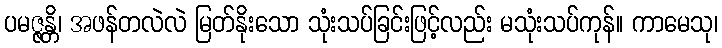
ပမဇ္ဇန္တိ၊ အဖန်တလဲလဲ မြတ်နိုးသော သုံးသပ်ခြင်းဖြင့်လည်း မသုံးသပ်ကုန်။ ကာမေသု၊